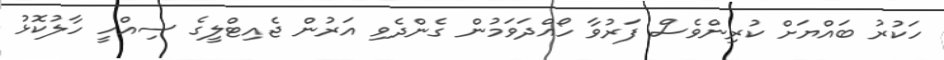
ހަކުރު ބައްޔަށް ކުރިންވެސް ފަރުވާ ހޯއްދަވަމުން ގެންދެވި އަރުން ޖެއިޓްލީގެ ސިއްހީ ހާލުކޮޅު